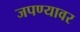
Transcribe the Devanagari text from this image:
जपण्यावर